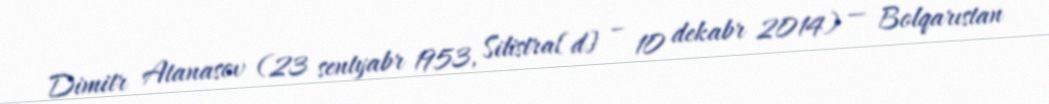
Dimitr Atanasov (23 sentyabr 1953, Silistra[d] – 10 dekabr 2014) — Bolqarıstan